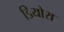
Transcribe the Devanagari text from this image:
डियोरा